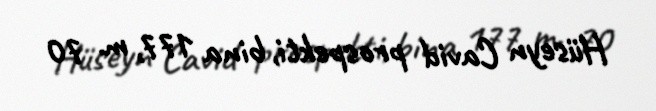
Hüseyn Cavid prospekti, bina 177, m. 70